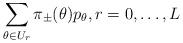
LaTeX: \begin{align*}\sum_{\theta\in U_r} \pi_{\pm}(\theta)p_{\theta}, r=0,\ldots, L \end{align*}